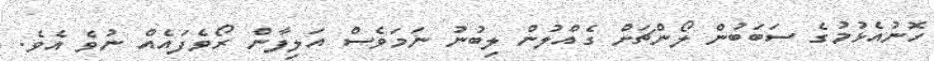
ހޮނުއެޅުމުގެ ސަބަބުން ލޯންޗަށް ގެއްލުން ލިބުނު ނަމަވެސް އަލިފާން ރޯވެފައެއް ނުވެ އެވެ.